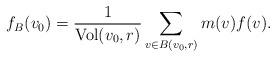
LaTeX: \begin{align*}f_B(v_0) = \frac{1}{{\rm Vol}(v_0,r)} \sum_{v\in B(v_0,r)} m(v)f(v).\end{align*}